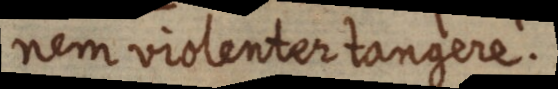
nem violenter tangere.